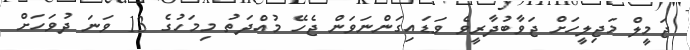
ޖަމީލް މަޖިލީހަށް ޖަވާބުދާރީވެ ވަޑައިގަންނަވަން ޖެހޭ މުއްދަތު މިމަހުގެ 13 ވަނަ ދުވަހަށް